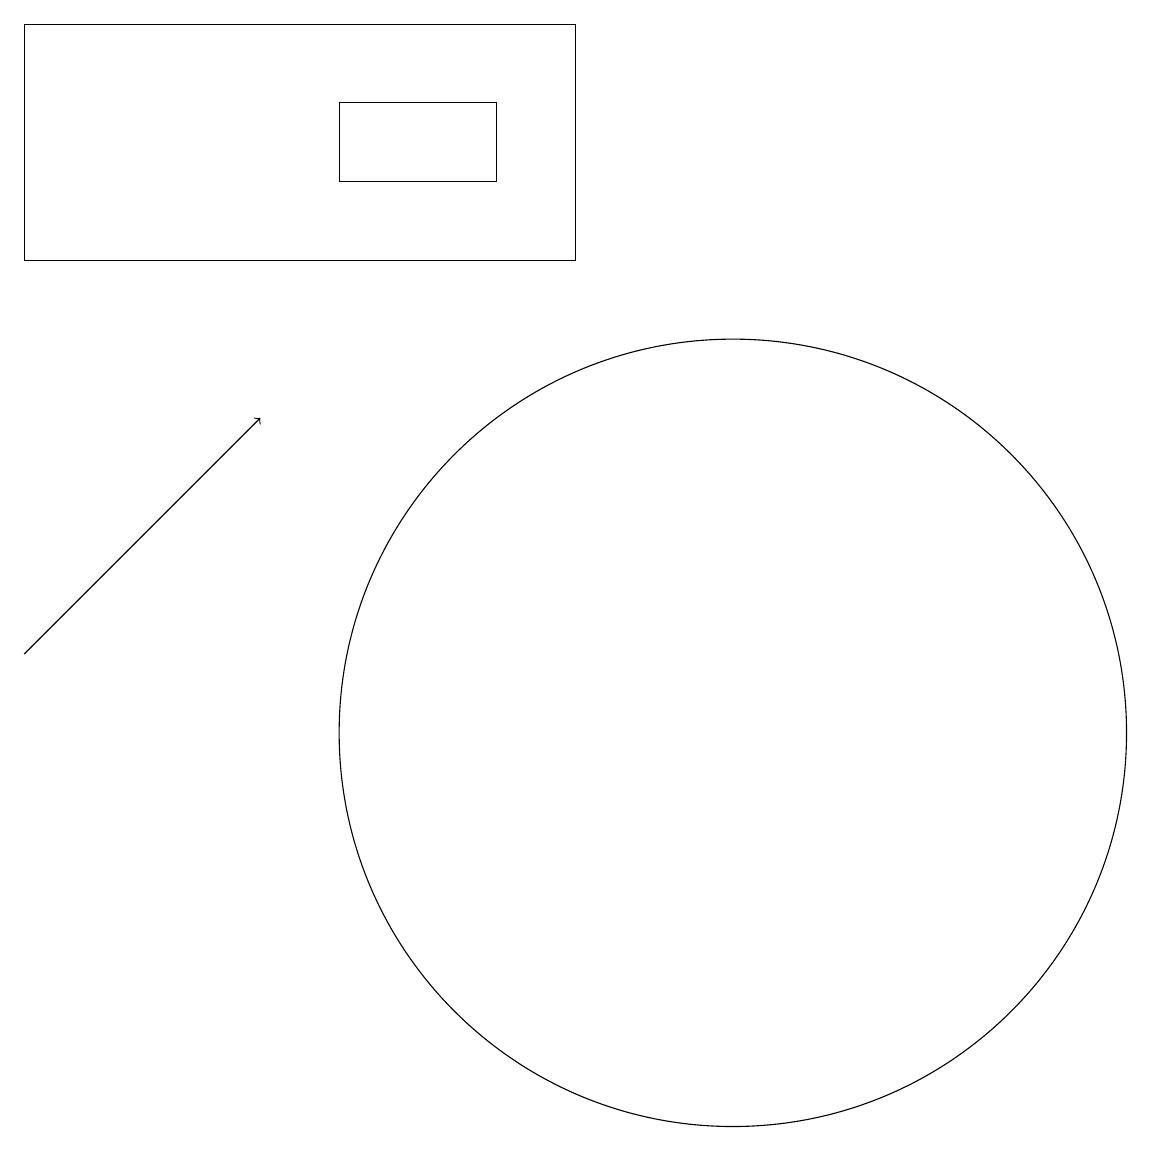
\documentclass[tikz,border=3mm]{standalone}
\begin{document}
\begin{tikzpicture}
\draw (7,18) rectangle (5,17);
\draw (1,16) rectangle (8,19);
\draw (10,10) circle (5);
\draw[->] (1,11) -- (4,14);
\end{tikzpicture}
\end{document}